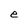
Character: e